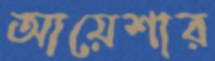
আয়েশার